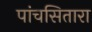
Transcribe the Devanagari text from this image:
पांचसितारा